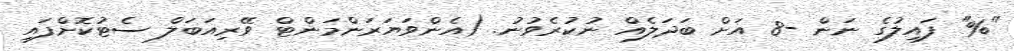
"%" ފައިލުގެ ނަން -8 އަށް ބަދަލެއް ނުކުރެވުނު. (އެންވަޔަރަންމަންޓް ވޭރިއަބަލް ސެޓުކޮށްފައި